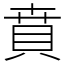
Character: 賁